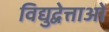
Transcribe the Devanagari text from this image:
विद्युद्वेत्ताओं